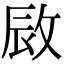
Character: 敐